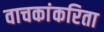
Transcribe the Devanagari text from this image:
वाचकांकरिता